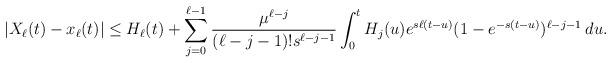
LaTeX: \begin{align*}|X_{\ell}(t) - x_{\ell}(t)| \leq H_{\ell}(t) + \sum_{j=0}^{\ell - 1} \frac{\mu^{\ell - j}}{(\ell - j - 1)! s^{\ell - j - 1}} \int_0^t H_j(u) e^{s \ell (t - u)} (1 - e^{-s(t - u)})^{\ell - j - 1} \: du.\end{align*}